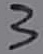
Text: 3